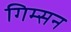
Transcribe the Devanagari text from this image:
गिम्सन